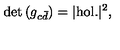
\det { ( g _ { c { \bar { d } } } ) } = | \mathrm { h o l . } | ^ { 2 } ,